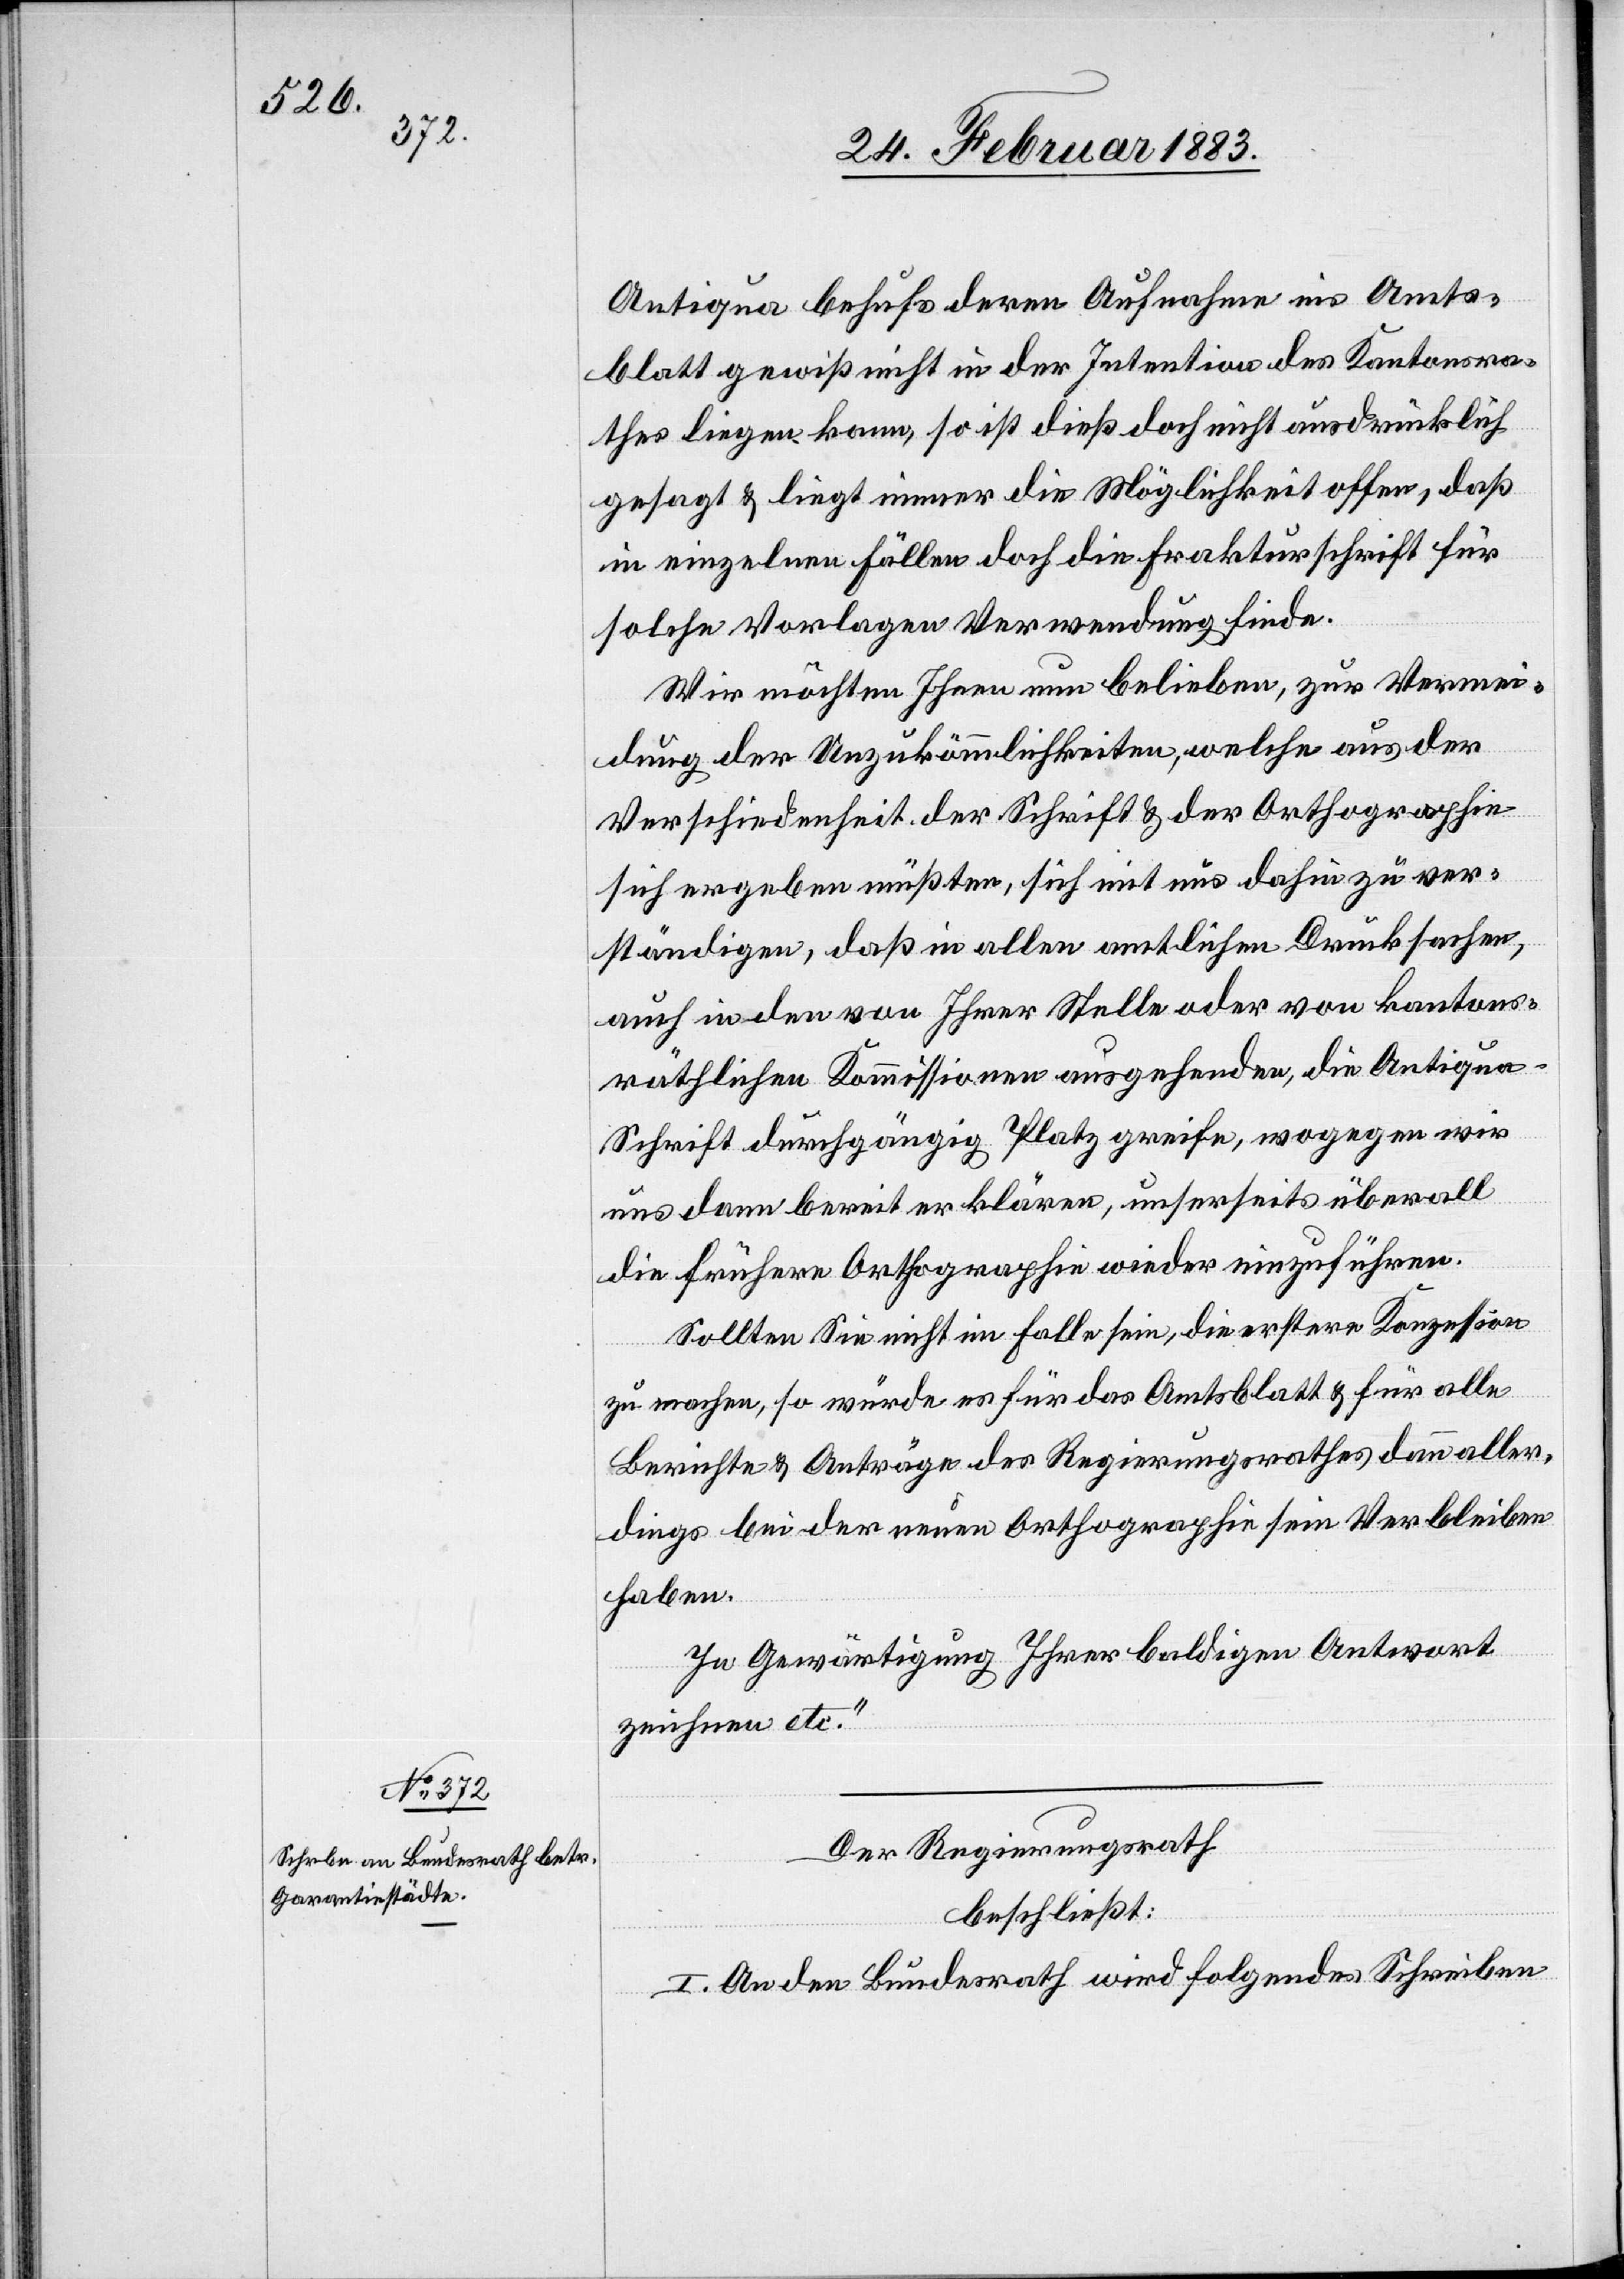
Antiqua behufs deren Aufnahme ins Amts¬
blatt gewiß nicht in der Intention des Kantonsra¬
thes liegen kann, so ist dieß doch nicht ausdrücklich
gesagt & liegt immer die Möglichkeit offen, daß
in einzelnen Fällen doch die Frakturschrift für
solche Vorlagen Verwendung finde.
Wir möchten Ihnen nun belieben, zur Vermei¬
dung der Unzukömmlichkeiten, welche aus der
Verschiedenheit der Schrift & der Orthographie
wir
sich ergeben müßten, sich mit uns dahin zu ver¬
ständigen, daß in allen amtlichen Drucksachen,
auch in den von Ihrer Stelle oder von kantons¬
räthlichen Kommissionen ausgehenden, die Antiqua
I.
uns dann bereit erklären, unserseits überall
die frühere Orthographie wieder einzuführen.
Sollten Sie nicht im Falle sein, die erstere Konzession
zu machen, so würde es für das Amtsblatt & für alle
Berichte & Anträge des Regierungsrathes dann aller¬
dings bei der neuen Orthographie sein Verbleiben
haben.
In Gewärtigung Ihrer baldigen Antwort
zeichnen etc.“
Der Regierungsrath
beschließt:
An den Bundesrath wird folgendes Schreiben